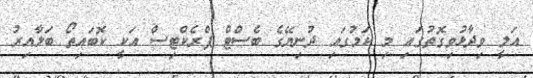
އަލީ ވިދާޅުވިގޮތުގައި މި ކަމުގައި ދުނިޔޭގެ ބެސްޓް ޕްރެކްޓިސް އަކީ ކޮބައިތޯ ބަލާއިރު